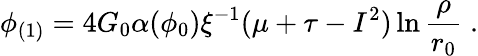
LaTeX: \phi_{(1)}=4G_{0}\alpha(\phi_{0})\xi^{-1}(\mu+\tau-I^{2})\ln\frac{\rho}{r_{0}}\; .